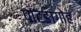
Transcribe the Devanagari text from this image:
पाटङागोह